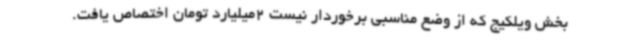
بخش ویلکیج که از وضع مناسبی برخوردار نیست 2میلیارد تومان اختصاص یافت.